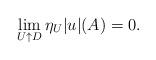
LaTeX: \begin{align*}\lim_{U\uparrow D}\eta_U|u|(A)=0.\end{align*}